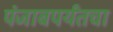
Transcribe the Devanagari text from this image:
पंजाबपर्यंतचा